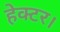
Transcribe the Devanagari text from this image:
हेक्‍टर।